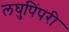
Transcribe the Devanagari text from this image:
लघुपिंपरी